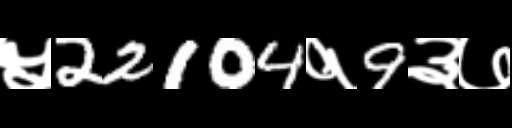
Text: ५22104१9३७